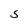
Character: S